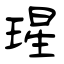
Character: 瑆